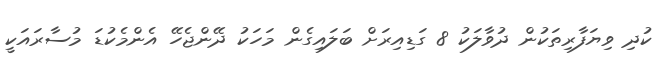
ކުދި ވިޔަފާރިތަކުން ދުވާލަކު 8 ގަޑިއިރަށް ބަލައިގެން މަހަކު ދޭންޖެހޭ އެންމެކުޑަ މުސާރައަކީ